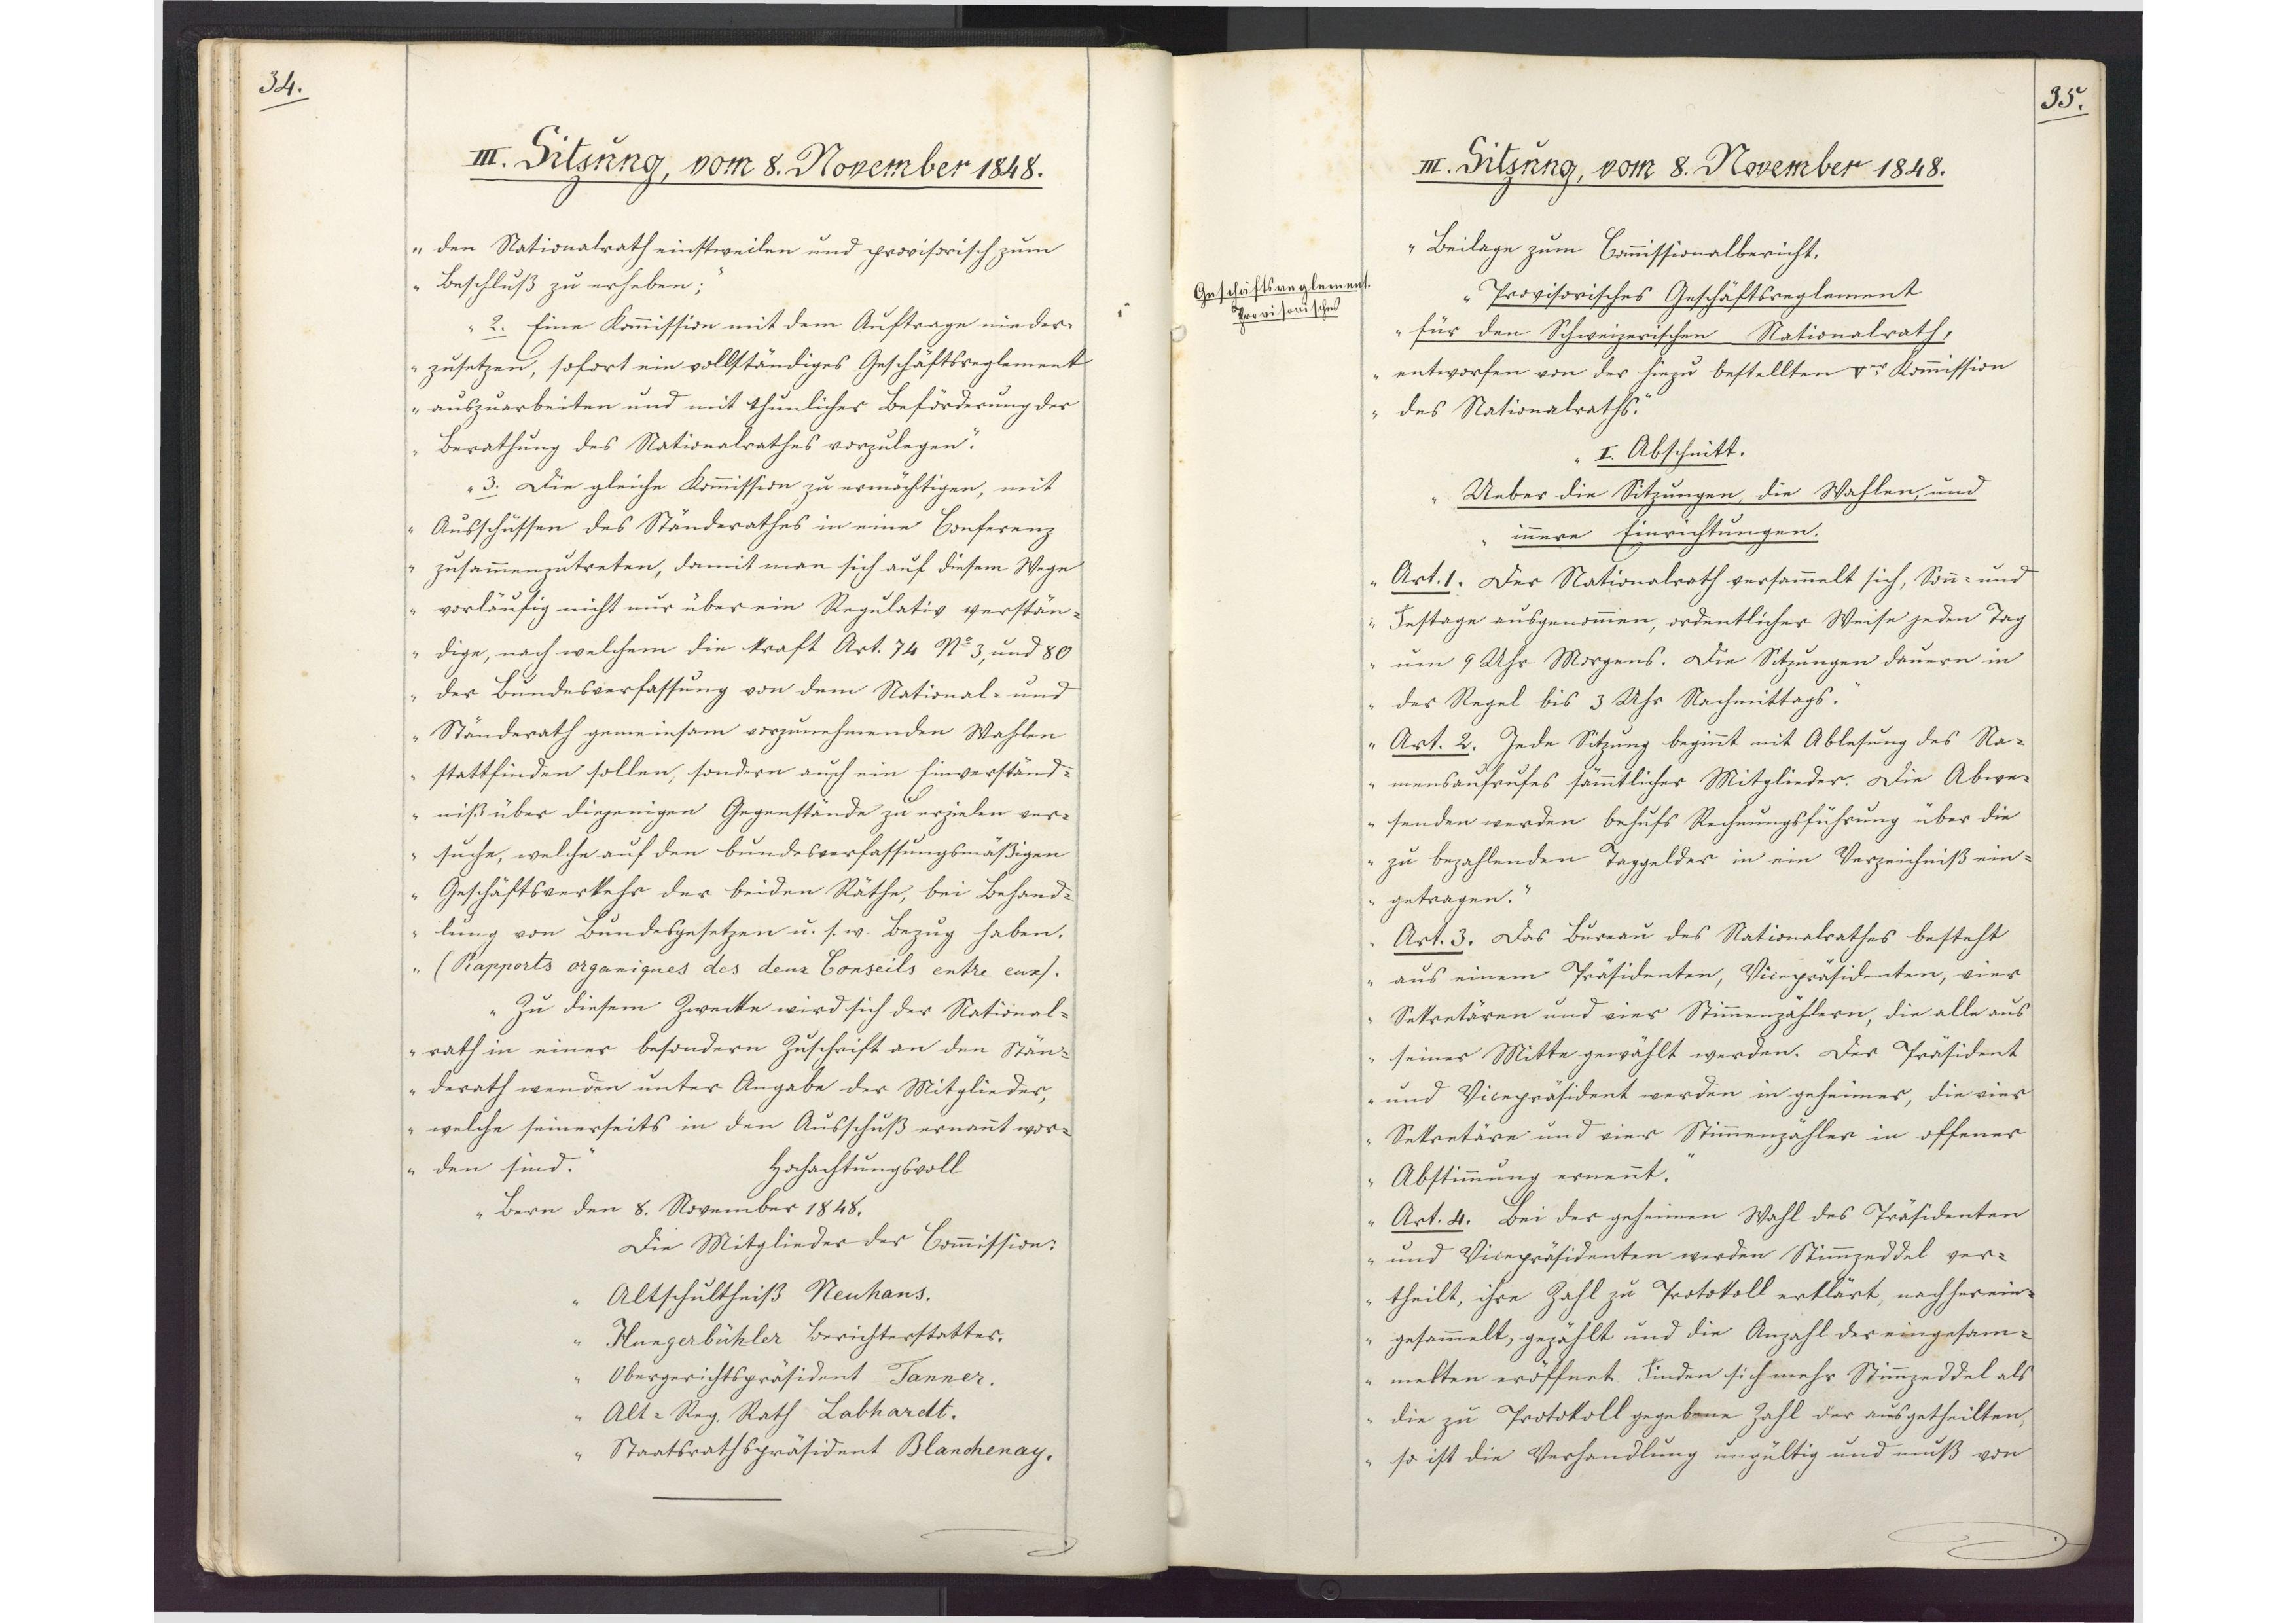
34.

III. Sitzung, vom 8. November 1848.

den Nationalrath einstweilen und provisorisch zum
Beschluß zu erheben;
2. Eine Kommission mit dem Auftrage nieder¬
zusetzen, sofort ein vollständiges Geschäftsreglement
auszuarbeiten und mit thunlicher Beförderung der
Berathung des Nationalrathes vorzulegen.
3. Die gleiche Kommission zu ermächtigen, mit
Ausschüssen des Ständerathes in eine Conferenz
zusammenzutreten, damit man sich auf diesem Wege
vorläufig nicht nur über ein Regulativ verstän¬
dige, nach welchem die Kraft Art. 74 No 3, und 80
der Bundesverfassung von dem National- und
Ständerath gemeinsam vorzunehmenden Wahlen
stattfinden sollen, sondern auch ein Einverständ¬
niß über diejenigen Gegenstände zu erzielen ver¬
suche, welche auf den bundesverfassungsmäßigen
Geschäftsverkehr der beiden Räthe, bei Behand¬
lung von Bundesgesetzen u. s. w. Bezug haben.
(Rapports organiques des deux Conseils entre eux).
Zu diesem Zwecke wird sich der National¬
rath in einer besondern Zuschrift an den Stän¬
derath wenden unter Angabe der Mitglieder,
welche seinerseits in den Ausschuß ernannt wor¬
den sind.
Hochachtungsvoll
Bern den 8. November 1848.
Die Mitglieder des Commission:
Altschultheiß Neuhaus.
Hungerbühler Berichterstatter.
Obergerichtspräsident Tanner.
Alt-Reg. Rath Labhardt.
Staatsrathspräsident Blanchenay.

35.

III. Sitzung, vom 8. November 1848.

Beilage zum Commissionalbericht.
Provisorisches Geschäftsreglement
für den Schweizerischen Nationalrath,
entworfen von der hiezu bestellten Ver Kommission
des Nationalraths.
I. Abschnitt.
Ueber die Sitzungen, die Wahlen, und
innere Einrichtungen.
Art. 1. Der Nationalrath versammelt sich, Sonn- und
Festage ausgenommen, ordentlicher Weise jeden Tag
um 9 Uhr Morgens. Die Sitzungen dauern in
der Regel bis 3 Uhr Nachmittags.
Art. 2. Jede Sitzung beginnt mit Ablesung des Na¬
mensaufrufes sämmtlicher Mitglieder. Die Abwe¬
senden werden behufs Rechnungsführung über die
zu bezahlenden Taggelder in ein Verzeichniß ein¬
getragen.
Art. 3. Das Bureau des Nationalrathes besteht
aus einem Präsidenten, Vicepräsidenten, vier
Sekretären und vier Stimmenzählern, die alle aus
seiner Mitte gewählt werden. Der Präsident
und Vicepräsident werden in geheimer, die vier
Sekretäre und vier Stimmenzähler in offener
Abstimmung ernennt.
Art. 4. Bei der geheimen Wahl des Präsidenten
und Vicepräsidenten werden Stimmzeddel ver¬
theilt, ihre Zahl zu Protokoll erklärt, nachher ein¬
gesammelt, gezählt und die Anzahl der eingesam¬
melten eröffnet. Finden sich mehr Stimmzeddel als
die zu Protokoll gegebene Zahl der ausgetheilten,
so ist die Verhandlung ungültig und muß von

Geschäftsreglement.
Provisorisches